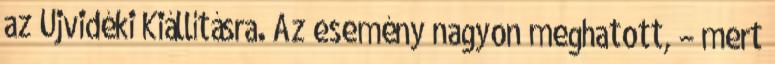
az Újvidéki Kiállításra. Az esemény nagyon meghatott, – mert